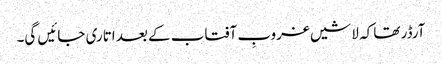
آرڈر تھا کہ لاشیں غروبِ آفتاب کے بعد اتاری جائیں گی۔